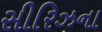
સીરિઝના